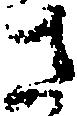
さ